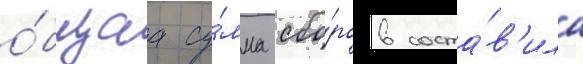
о́бщаа су́мма сбо́ров соста́в'ила